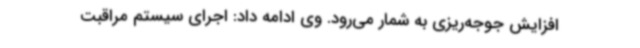
افزایش جوجه‌ریزی به شمار می‌رود. وی ادامه داد: اجرای سیستم مراقبت